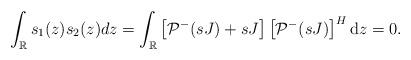
LaTeX: \begin{align*}\begin{aligned}\int_{\mathbb{R}} s_1(z) s_2(z) dz =\int_{\mathbb{R}}\left[\mathcal{P}^{-}(s J)+s J\right]\left[\mathcal{P}^{-}(sJ)\right]^{H} \mathrm{d}z=0.\end{aligned}\end{align*}